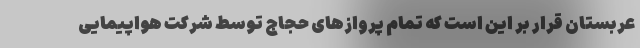
عربستان قرار بر این است که تمام پروازهای حجاج توسط شرکت هواپیمایی